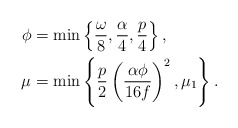
\begin{align*} \phi &= \min \left\{ \frac{\omega}{8}, \frac{\alpha}{4}, \frac{p}{4}\right\}, \\ \mu &= \min \left\{ \frac{p}{2} \left(\frac{\alpha \phi}{16f}\right)^2, \mu_1 \right\}.\end{align*}